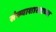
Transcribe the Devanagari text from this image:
संख्याशास्त्राच्या